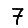
Digit: 7